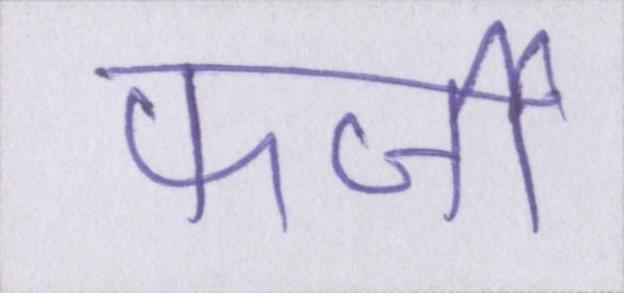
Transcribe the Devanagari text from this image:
फर्जी